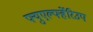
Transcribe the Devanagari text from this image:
फ्युएर्ल्फ्हेरिउप